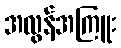
အလွန်အကြူး